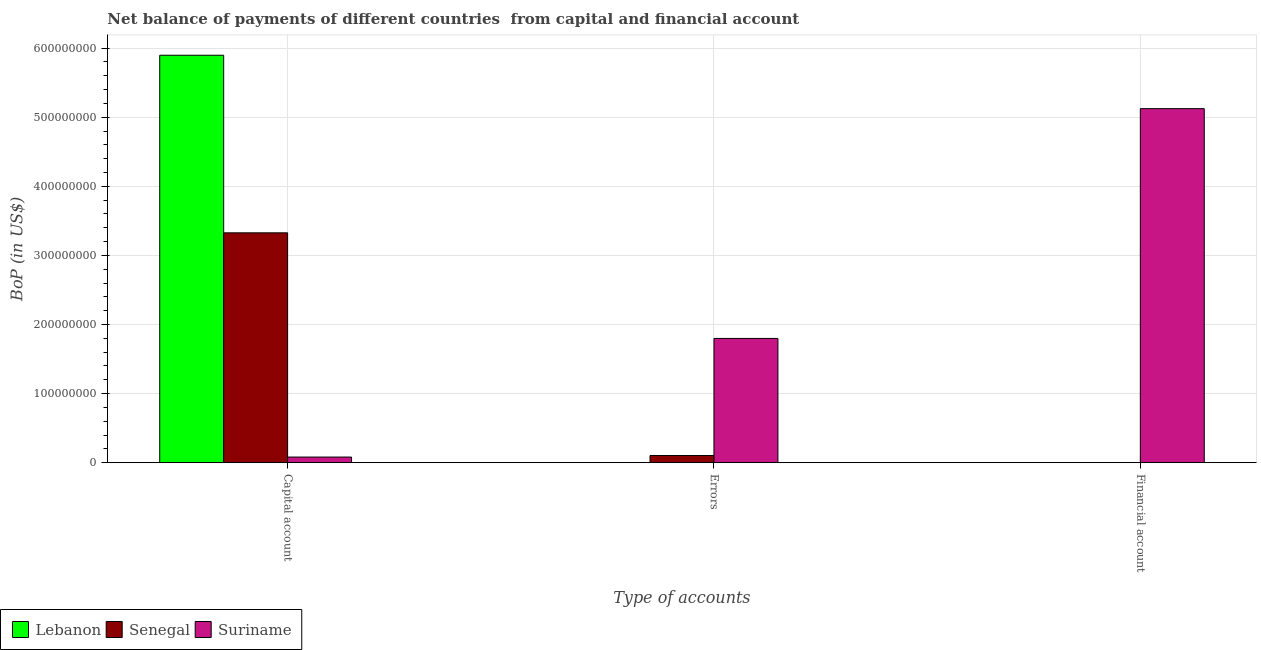
| Type of accounts | Lebanon | Senegal | Suriname |
 | --- | --- | --- | --- |
 | Capital account | 5.9e+08 | 3.33e+08 | 8.1e+06 |
 | Errors | -6e+09 | 1.03e+07 | 1.8e+08 |
 | Financial account | -7.01e+09 | -9.68e+08 | 5.12e+08 |